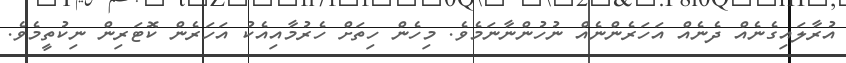
އުރާލައިގެނެއް ދެނެއް އަހަރެންނެއް ނުހުންނާނަމެވެ. މިހެން ހިތަށް ހެރުމާއިއެކު އަހަރެން ކޮޓަރިން ނިކުތީމެވެ.